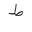
Letter: _da